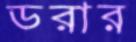
ডরার